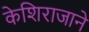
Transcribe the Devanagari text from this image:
केशिराजाने